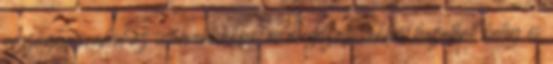
országban, ahol az intervenciókból és megszállásokból hazatérő beteg és